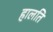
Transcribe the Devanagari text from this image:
हालति